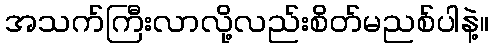
အသက်ကြီးလာလို့လည်းစိတ်မညစ်ပါနဲ့။